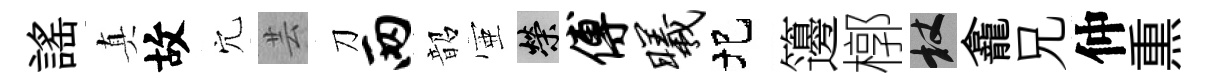
謡真故穴芸刀两韶壺榮傅曦圯籩槨杖龕兄仲𤋱